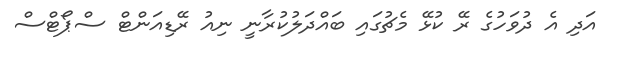
އަދި އެ ދުވަހުގެ ރޭ ކުޅޭ މެޗުގައި ބައްދަލުކުރާނީ ނިއު ރޭޑިއަންޓް ސްޕޯޓްސް